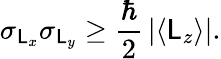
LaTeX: \sigma_{\mathsf{L}_{x}}\sigma_{\mathsf{L}_{y}}\geq{\frac{{\hbar}}{{2}}}\left|\langle\mathsf{L}_{z}\rangle\right|.